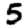
Digit: 5